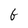
Character: G